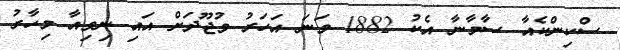
ސްކިންކެއާ ސާމާނާ އެކު 1882 ވަނަ އަހަރު ވުޖޫދަށް އައި ނިވިއާ މިހާރު